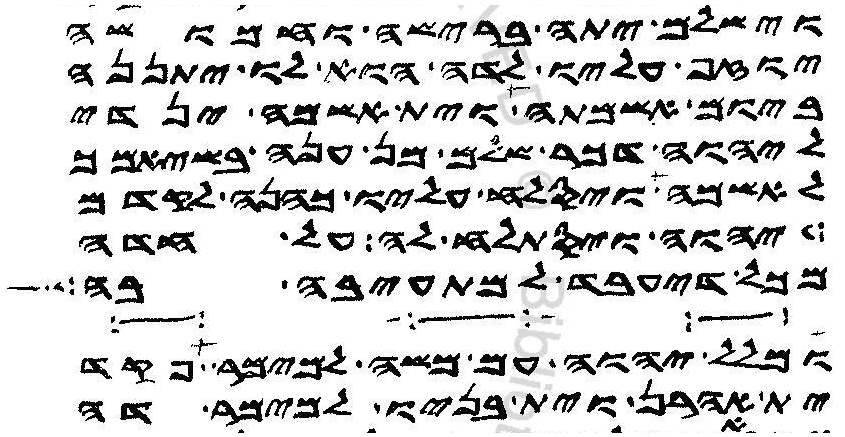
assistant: וישלם יתה ברישה וחמושה
יוזף עליו לדה הוא לו יתננה
ביום אשמתה וית אשמה ינדי
ליהוה דכר שלם מן ענה בשיאמך
עלה ויסלח עליו כהנה לקדם
יהוה ויסתלח לה על חדה
מכל דיעבד למתעיבה בה
ומלל יהוה עם משה למימר פקד
ית אהרן וית בניו למימר דה